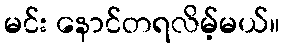
မင်း နောင်တရလိမ့်မယ်။